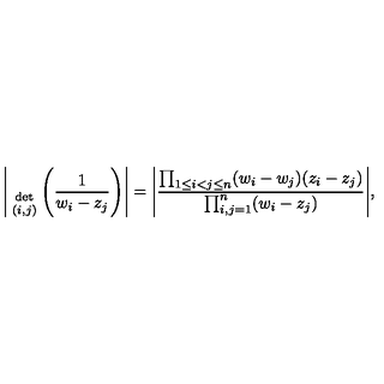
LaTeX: \Bigg | { \atop { \mathrm { d e t } \atop { \scriptstyle ( i , j ) } } } \Bigg ( \frac { 1 } { w _ { i } - z _ { j } } \Bigg ) \Bigg | = \Bigg | \frac { \prod _ { 1 \leq i < j \leq n } ( w _ { i } - w _ { j } ) ( z _ { i } - z _ { j } ) } { \prod _ { i , j = 1 } ^ { n } ( w _ { i } - z _ { j } ) } \Bigg | ,